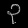
Digit: ၃